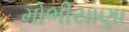
મોભીયાણા